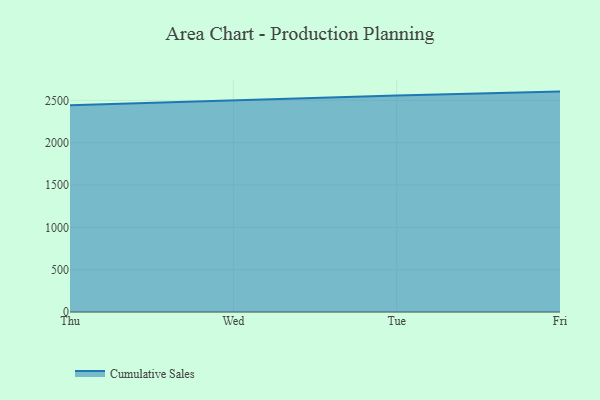
{"axis": {"x": "Day", "y": "Website Visitors"}, "legend": ["Cumulative Sales"], "data": [{"x": "Thu", "y": 2443.1, "type": "Cumulative Sales"}, {"x": "Wed", "y": 2504.5, "type": "Cumulative Sales"}, {"x": "Tue", "y": 2557.0, "type": "Cumulative Sales"}, {"x": "Fri", "y": 2603.7, "type": "Cumulative Sales"}]}